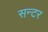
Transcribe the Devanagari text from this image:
सन्टर